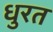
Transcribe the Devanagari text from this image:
धुरत